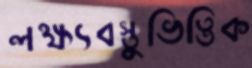
লক্ষ্যবস্তুভিত্তিক